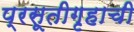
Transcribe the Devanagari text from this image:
प्रसूतीगृहाची